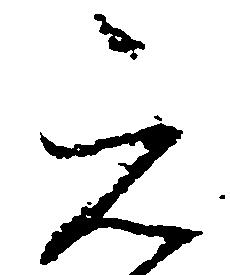
元